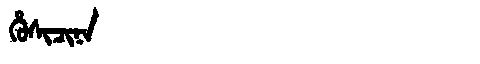
Manchu: ᡥᡠᠰᡳᠴᡳᠨᠠ
Romanization: HUSICINA